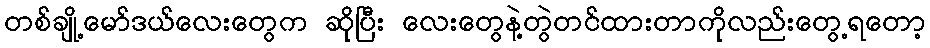
တစ်ချို့မော်ဒယ်လေးတွေက ဆိုပြီး လေးတွေနဲ့တွဲတင်ထားတာကိုလည်းတွေ့ရတော့